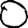
Digit: 0